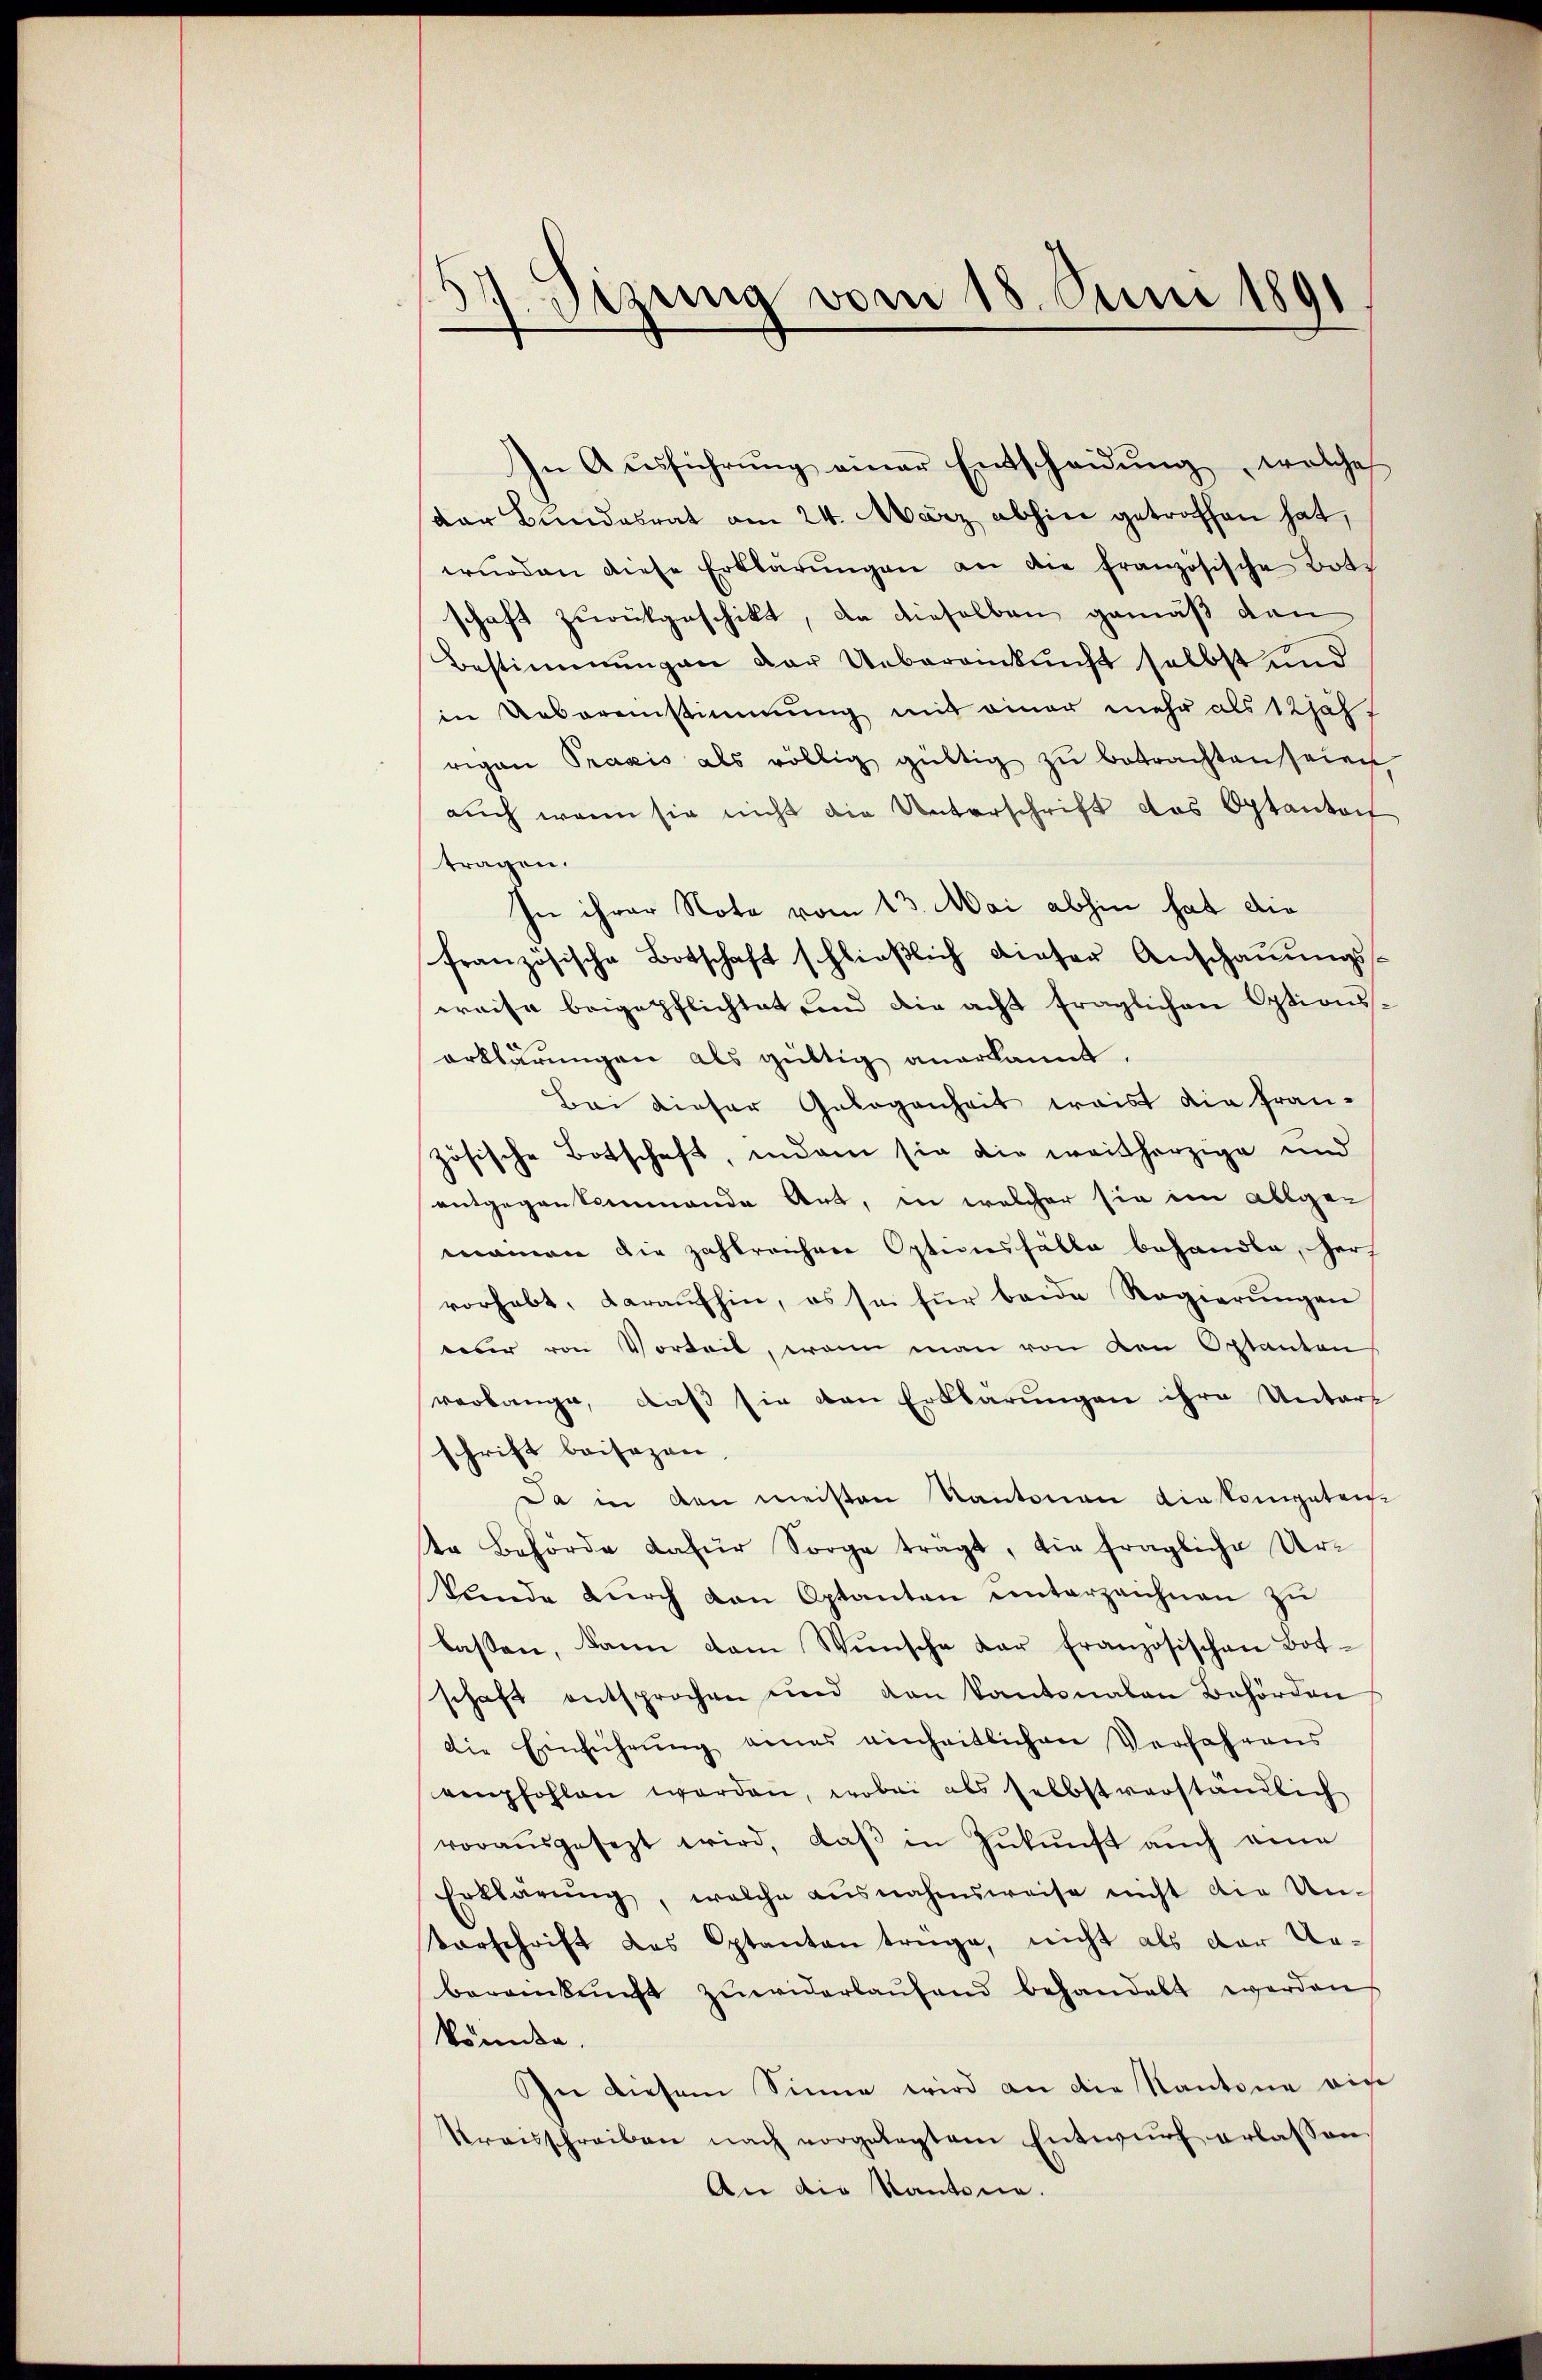
37. Sizung vom 18. Juni 1891

In Aŭsführŭng einer Entscheidŭng, welches
dar Bundesrat am 24. März abhin getroffen hat,
würden diese Erklärŭngen an die französische Both
schaft zurükgeschikt, da dieselben gemäß dan
Bestimmungen der Ueberamkŭnft selbst und
in Uebereinstimmung mit einer mehr als 12 Jah
rigen Praxis als völlig gültig zu betrachten seien
auch wenn sie nicht die Unterschrift das Optantat
tragen.
In ihrer Note vom 13. Mai abhin hat die
französische Botschaft schließlich dieser Anschauungspreise beigepflichtet und die acht fraglichen Optionserklärungen als gültig anerkannt.
Bei dieser Gelegenheit waist die fran-
zösische Botschaft, indem sie die weitherzige und
entgegenkommende Art, in welcher sie im allge-
namen die zahlreichen Optionsfälle behandle, Herz
vorhabt, daraufhin, es sei für beide Regierungen
weber von Vorteit, wenn man von den Optanton
verlange, daβ sie den Erklärungen ihre Unters
schrift beisazen,
Da in den meisten Kantonen die kompetente Behörde dafür Sorge trägt, die fragliche Ur-
kunde dŭrch den Optanten ŭnterzeichnen zŭ
lassen, dann dem Wünsche der Französischen Botschaft entsprochen und den Kantonalen Behörden
die Einführŭng eines einheitlichen Verfahrens
empfohlen werden, wobei als selbstverständlich
vorausgesezt wird, daβ in Zŭkŭnft aŭch eine
Erklärŭng, welche ausnahmsweise nicht die Un-
Vorschrift das Optanten trüge, nicht als der Ur-
bereinkunft zŭwiderlaŭfend behandelt werden
könnte.
In diesem Sinne wird an die Kantone ein
Kraisschreiben nach vorgelegtem Entwŭrf erlassen,
An die Kantone.